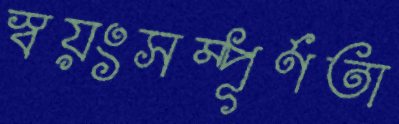
স্বয়ংসম্পূর্ণতা